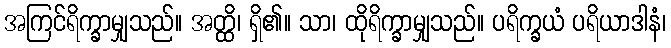
အကြင်ရိက္ခာမျှသည်။ အတ္ထိ၊ ရှိ၏။ သာ၊ ထိုရိက္ခာမျှသည်။ ပရိက္ခယံ ပရိယာဒါနံ၊